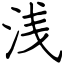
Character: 浅